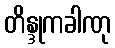
တိန္ဒုကခါဏု